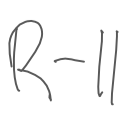
Text: R-11
Cross-out: clean
Writing tool: digital_gray